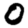
Digit: 0